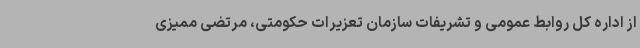
از اداره کل روابط عمومی و تشریفات سازمان تعزیرات حکومتی، مرتضی ممیزی